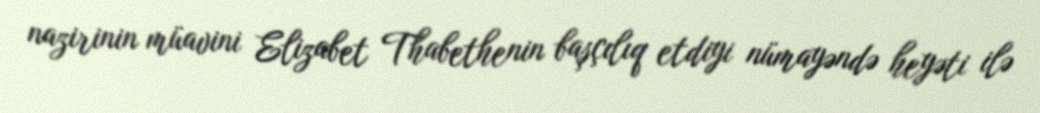
nazirinin müavini Elizabet Thabethenin başçılıq etdiyi nümayəndə heyəti ilə